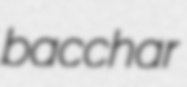
bacchar